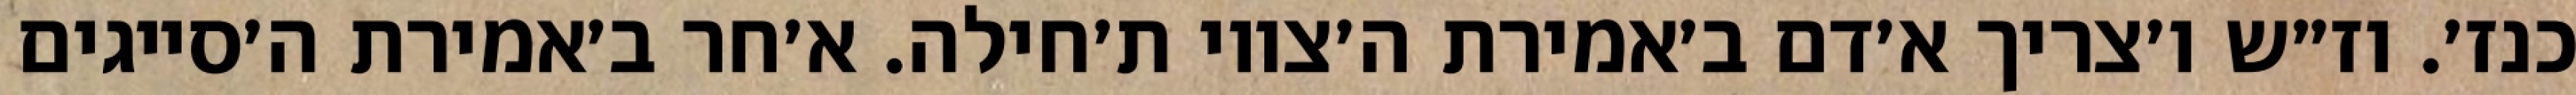
כנז׳. וז״ש ו׳צריך א׳דם ב׳אמירת ה׳צווי ת׳חילה. א׳חר ב׳אמירת ה׳סייגים